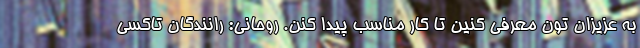
به عزیزان تون معرفی کنین تا کار مناسب پیدا کنن. روحانی: رانندگان تاکسی